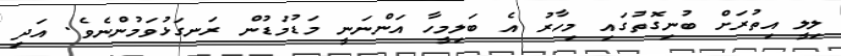
ލިލީ އިތުރަށް ބުނިގޮތުގައި މިހާރު އެ ބަލިމީހާ އަންނަނީ މަޑުމަޑުން ރަނގަޅުވަމުންނެވެ. އަދި